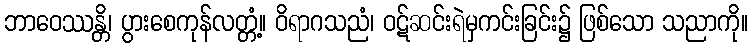
ဘာဝေဿန္တိ၊ ပွားစေကုန်လတ္တံ့။ ဝိရာဂသညံ၊ ဝဋ်ဆင်းရဲမှကင်းခြင်း၌ ဖြစ်သော သညာကို။